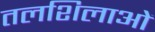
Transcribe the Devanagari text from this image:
तलशिलाओं